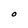
Character: O